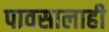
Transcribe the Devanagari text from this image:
पावसालाही